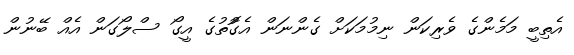
އެތިބީ މަމެންގެ ވެރިކަން ނިމުމަކަށް ގެންނަން އެގޮުތުގެ އީގޯ ސްލޯގަން އެއް ބޭނުން